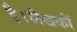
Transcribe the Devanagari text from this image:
है।लेखकों